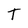
Character: T